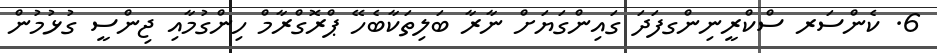
6. ކެންސަރ ސްކްރީނިންގފަދަ ގައިންގަޔަށް ނާރާ ބަލިތަކާބެހޭ ޕްރޮގްރާމް ހިންގުމާއި ޖިންސީ ގުޅުމުން